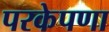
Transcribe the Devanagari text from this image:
परकेपणा